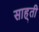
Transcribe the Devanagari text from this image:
साह्ती